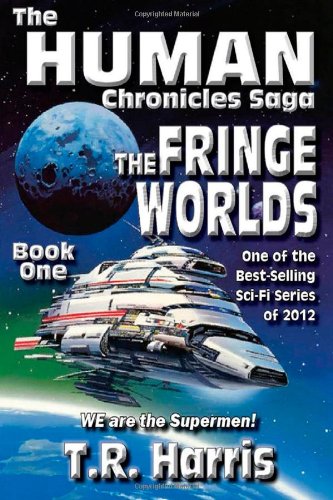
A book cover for The Fringe Worlds: Book 1 of The Human Chronicles Saga (Volume 1); T.R. Harris; Science Fiction & Fantasy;